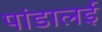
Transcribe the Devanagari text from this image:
पांडालई